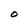
Character: O